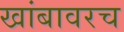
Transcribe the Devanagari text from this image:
खांबावरच